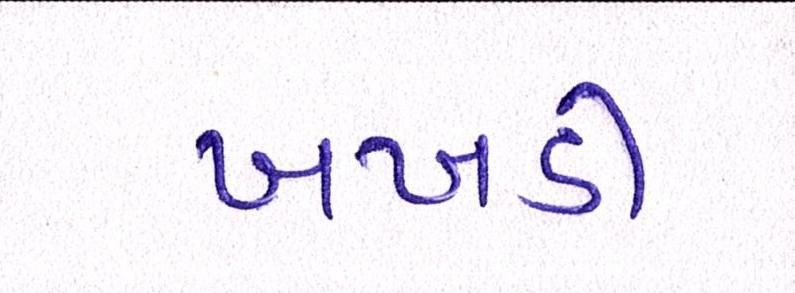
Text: ખખડી